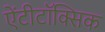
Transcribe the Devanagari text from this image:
ऐंटीटॉक्सिक